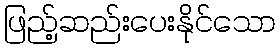
ဖြည့်ဆည်းပေးနိုင်သော